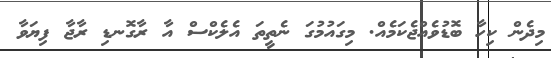
މިދެން ކިހާ ބޮޑުވެއްޖެކަމެއް. މިގައުމުގަ ނެތީތަ އެލެކްސް އާ ރާގޮނޑި ރާޖާ ފިޔަވާ